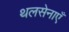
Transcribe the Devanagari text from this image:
थलसेनाएँ